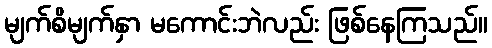
မျက်စိမျက်နှာ မကောင်းဘဲလည်း ဖြစ်နေကြသည်။